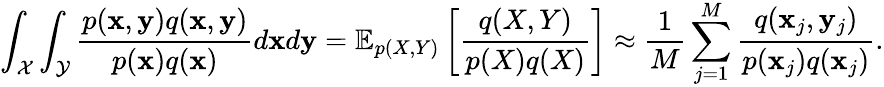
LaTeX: \int_{\mathcal{X}}\int_{\mathcal{Y}}\frac{p(\mathbf{x},\mathbf{y})q(\mathbf{x},\mathbf{y})}{p(\mathbf{x})q(\mathbf{x})}d\mathbf{x}d\mathbf{y}=\mathbb{E}_{p(X,Y)}\left[\frac{q(X,Y)}{p(X)q(X)}\right]\approx\frac{1}{M}\sum_{j=1}^{M}\frac{q(\mathbf{x}_{j},\mathbf{y}_{j})}{p(\mathbf{x}_{j})q(\mathbf{x}_{j})}.